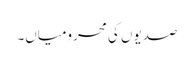
صدیوں کی محرومیاں۔